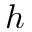
h